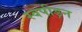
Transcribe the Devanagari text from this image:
स्वपीड़न